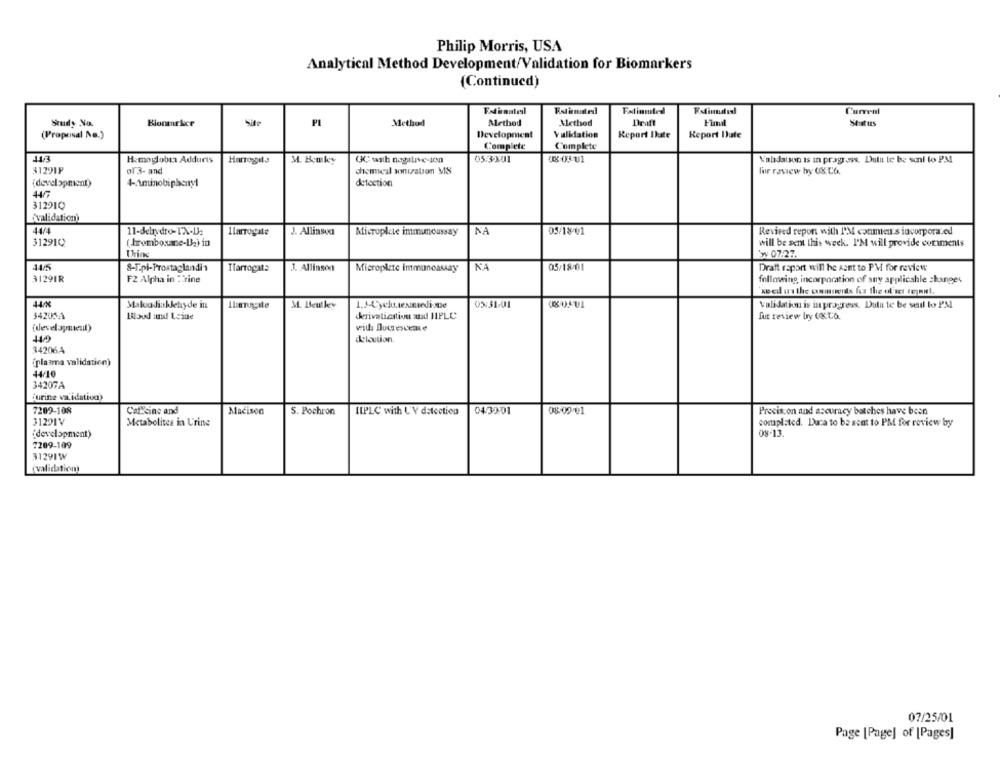
Philip Morris, USA
Analytical Method Development/Validation for Biomarkers
(Continued)
Falinmiled
Current
Study No.
Bionmarker
Site
PI
Method
Method
Method
Fimil
Status
(Proposal Ns.)
Development
Validation
Report Ilate
Report Dute
Complete
Complete
Hemoglobin Addurts
Harrogate
M. Benky
05:3101
CE-03-U1
Validation is in progress. Dutut te be sent lo PM
$1291P
of 3- and
chemmeal warration MS
for review by US To.
(development)
4- Aminobiphenyl
detection
312910
"validation)
44/4
Ilarrogate
J. Allinsud
Micropkte immumoussay
NA
05/18-01
Revised report with I'M conmen's incorpora.ed
312910
(tromboxane-B) in
will be sent this week. I'M will provide coniments
'w 07:27.
J. Allinson
NA
05/18-01
Draft raport will he Aant to PM for review
ITarrogate
Microplete Immunoassay
$1291R
F2 Alpha in Trine
following incorporation of any applicable changes
weed us the commerds for the of set tejnul.
44/%
Makodiakletyde in
1.1-Cyclexmediste
05:31/01
validation is in progress. Dutu te be sedl to PM
M. Beutkey
$4200A
Blood and Leine
Jerivatication and 11PLC
fut review by CKto.
(development)
vill Ilucrescere
delaction.
34206A
"plasma validation)
44/10
34207A
"urine validation)
7209-108
Caf cine and
Madison
5. Pochron
IIPLC with LV datectico
04:3001
08-09-01
Precis.on and accuracy batches have been
31291V
Metabolites in Urine
completed. Dura to be sent to PM for review by
(development)
08-13.
7209-109
31291W
(validation!
07/25/01
Page [Page] of [Pages]